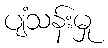
ပျံသန်းမှု